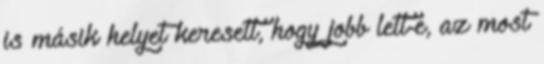
is másik helyet keresett, hogy jobb lett-e, az most